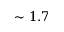
\sim 1 . 7